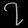
Digit: ၇